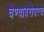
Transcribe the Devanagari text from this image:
घेण्याबरोबरच